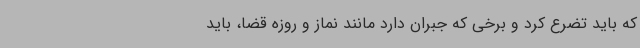
که باید تضرع کرد و برخی که جبران دارد مانند نماز و روزه قضا، باید